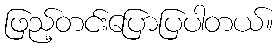
ဖြည့်တင်းပြောပြပါတယ်။